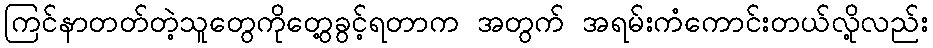
ကြင်နာတတ်တဲ့သူတွေကိုတွေ့ခွင့်ရတာက အတွက် အရမ်းကံကောင်းတယ်လို့လည်း